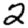
Digit: 2